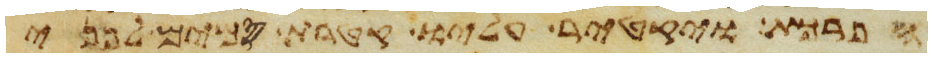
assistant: הפרכת ויקטר עליו קטרת סמים לפני